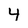
Character: 4